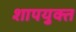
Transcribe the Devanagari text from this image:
शापयुक्‍त